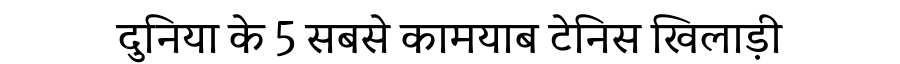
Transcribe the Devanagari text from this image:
दुनिया के 5 सबसे कामयाब टेनिस खिलाड़ी